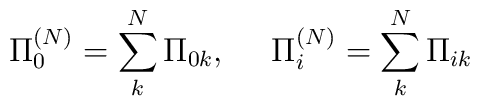
\Pi_0^{(N)}=\sum_k^N \Pi_{0k},~~~~\Pi_i^{(N)}=\sum_k^N \Pi_{ik}